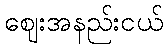
ဈေးအနည်းငယ်